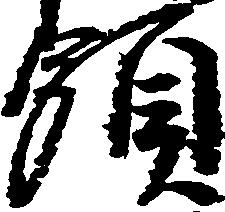
領